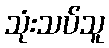
သုံးသပ်သူ